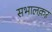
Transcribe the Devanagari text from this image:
सभालक़ऱ